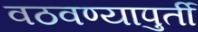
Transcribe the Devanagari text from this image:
वठवण्यापुर्ती